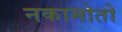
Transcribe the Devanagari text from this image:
नकामोतो